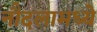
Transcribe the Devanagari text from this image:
नौदलामध्ये